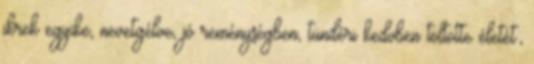
ikrek egyike, nevetgélve, jó reménységben, tündéri kedvben töltötte életét;